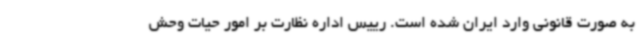
به صورت قانونی وارد ایران شده است. رییس اداره نظارت بر امور حیات وحش